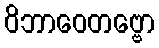
ဝိဘာဝေတဗ္ဗော